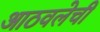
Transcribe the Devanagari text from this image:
आठवलेची